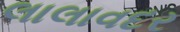
લાલાવદર